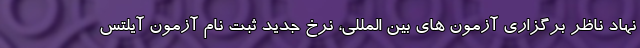
نهاد ناظر برگزاری آزمون های بین المللی، نرخ جدید ثبت نام آزمون آیلتس